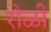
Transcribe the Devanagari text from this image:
रोळी